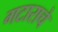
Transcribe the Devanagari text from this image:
गटाराचे